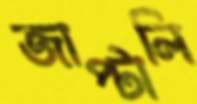
জাপ্‌টালি